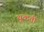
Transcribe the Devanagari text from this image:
थूकती